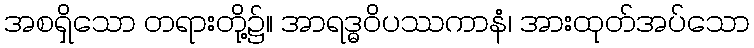
အစရှိသော တရားတို့၌။ အာရဒ္ဓဝိပဿကာနံ၊ အားထုတ်အပ်သော